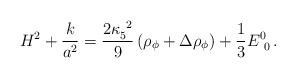
LaTeX: \begin{align*}H^2 +{k \over a^2} = {2 \kappa_5^{~2} \over 9}\left(\rho_\phi + \Delta\rho_\phi\right) + {1\over 3}E^0_{~0}\,.\end{align*}